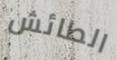
الطائش